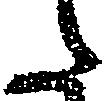
た